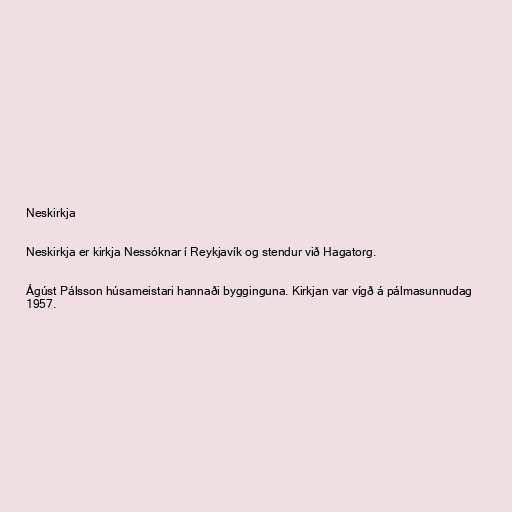
Neskirkja

Neskirkja er kirkja Nessóknar í Reykjavík og stendur við Hagatorg.

Ágúst Pálsson húsameistari hannaði bygginguna. Kirkjan var vígð á pálmasunnudag
1957.